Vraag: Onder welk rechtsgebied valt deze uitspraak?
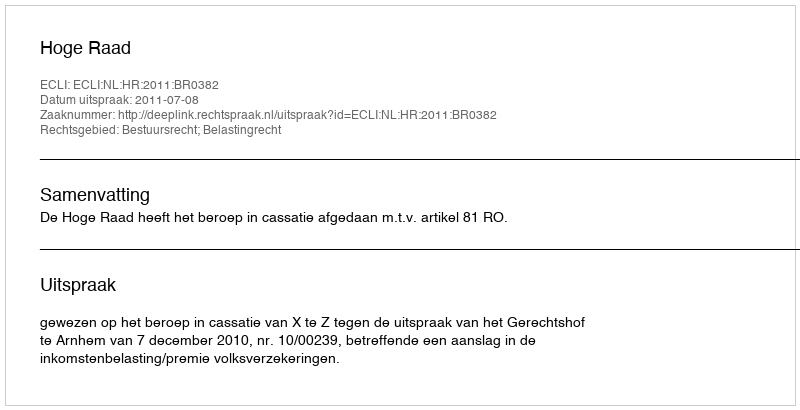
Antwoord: Bestuursrecht; Belastingrecht